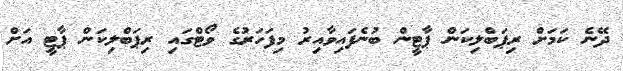
ދޭނެ ކަމަށް ރިޕަބްލިކަން ޕާޓީން ބުނެފައިވާއިރު މިފަހަރުގެ ވޯޓްގައި ރިޕަބްލިކަން ޕާޓީ އަށް